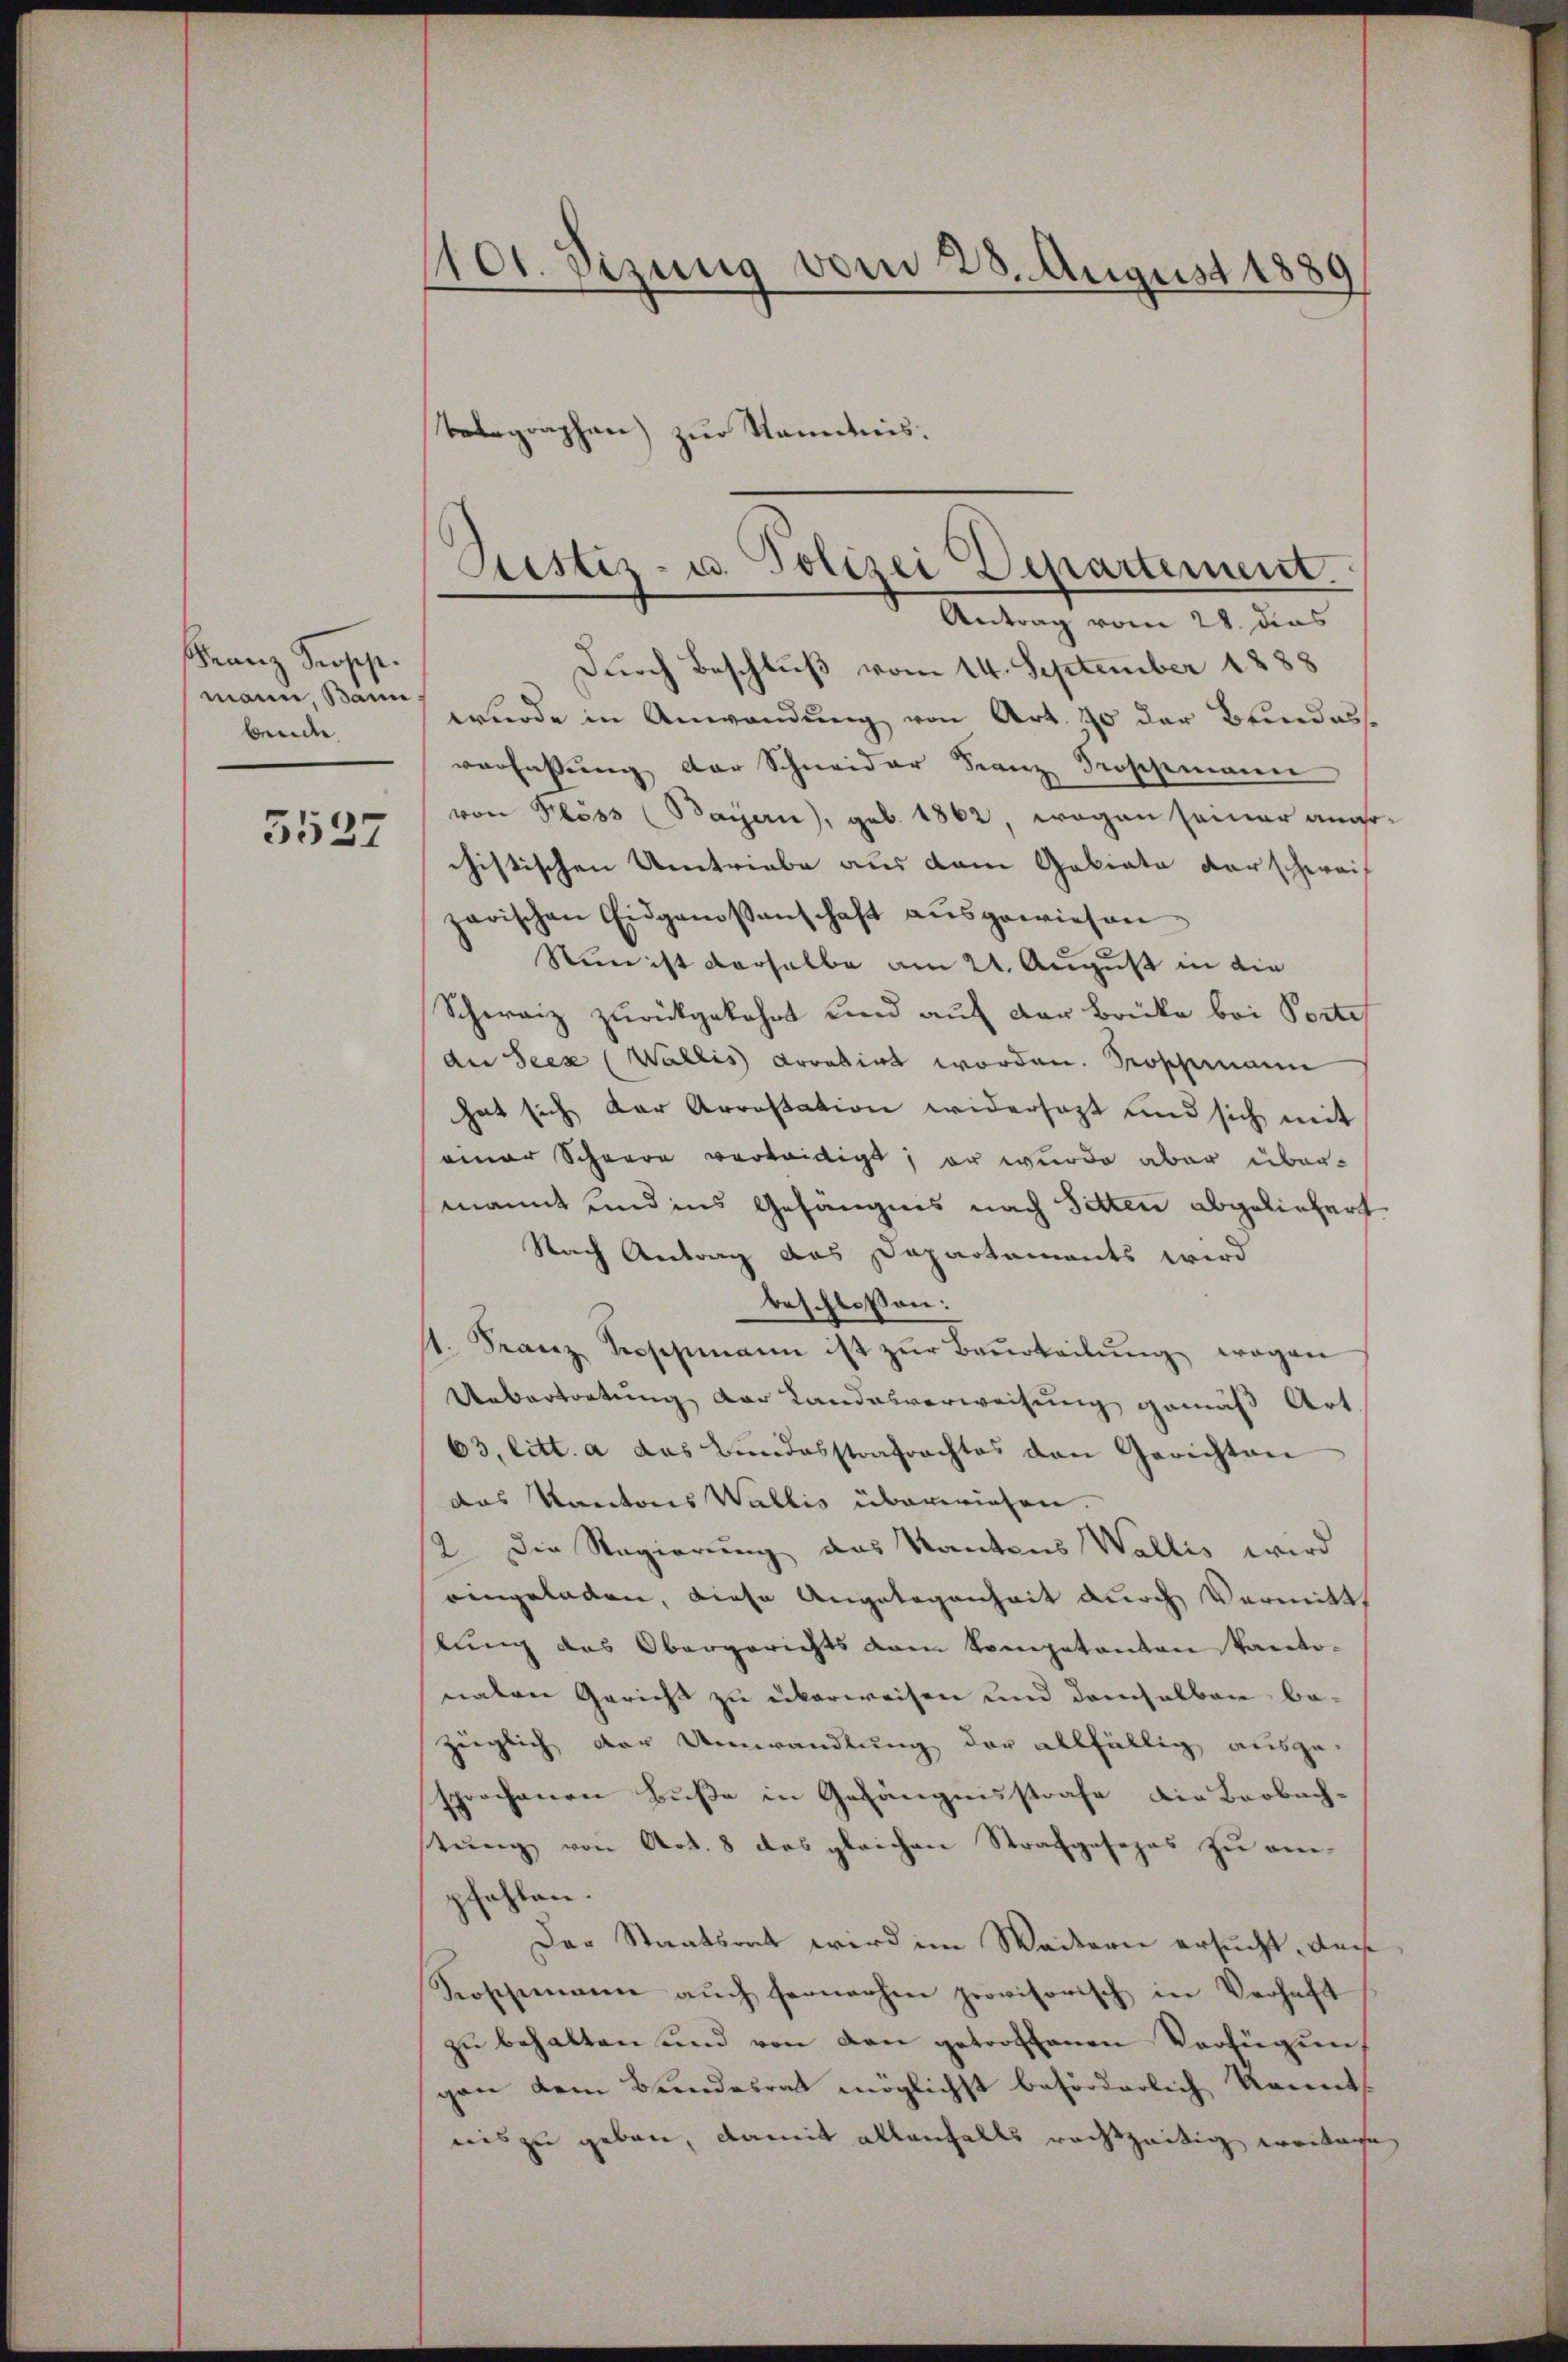
Franz Seosest.
mann Bann
berde.

3527

101. Sizung vom 28. August 1889

Telegraphen zur Kenntnis.

Justiz- u. Polizei Departement.
Antrag vom 28. dies
Durch Beschluß vom 14. September 1888

wurde in Anwendung von Art. 70 der Bundesverfassung der Schneider Franz Froschemann
von Klöss (Bayern), geb. 1862, wogen seiner angechistischen Umtriebe aus dem Gebiete der schweif
zarischen Eidgenossenschaft aŭsgewiesen.
Nun ist derselbe am 21. August in die
Schweiz zurückgekehrt und auf der Brücke bei Porte
du Seex (Wallis Arretirt worden. Soschemann
hat sich der Arrestation widersagt und sich mit
einer Schwere verleidigt; er wurde aber übermannt und ins Gefängnis nach Sitten abgeliefert
Nach Antrag das Dapartaments wird
beschlossen:
st. Franz Seeschmann ist zŭr Baŭrteilŭng wegen
Uebertortung der Landesverweisung gemäß Art
63, litt. a das Bŭndesstrafrachtes den Gerichten
das Kantons Wallis überwiesen.
2. Die Regierung das Kantons Wallis wird
eingeladen, diese Angelegenheit durch Vermitth
lung das Obergerichts vom Kompetanton Kanto-
naten Gericht zu überweisen und demselben be-
Zeiglich der Umwandlung der allfällig ausge-
sprochenen Buße in Gefängnisstrafe die Beobachstung von Art. 8 des gleichen Strafgesezes zu an-
pfehlen.
Der Staatsrat wird im Wackern ersucht, dass
Koschemann aŭch fernerhin provisorisch in Verhaft
zŭ behalten und von den getroffenen Verfügŭng
gen dem Bundesrat möglichst beförderlich konnt
nis zu geben, damit allenfalls rechtzeitig weitage